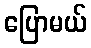
ပြောမယ်